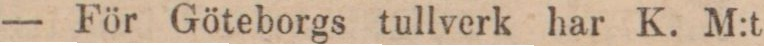
— För Göteborgs tullverk har K. M:t